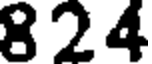
824